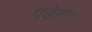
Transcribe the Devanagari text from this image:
पङेगा।